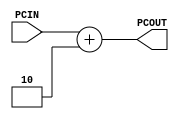
`timescale 1ns / 1ps
//////////////////////////////////////////////////////////////////////////////////
// Company: 
// Engineer: 
// 
// Design Name: 
// Module Name:    PCALU 
// Project Name: 
// Target Devices: 
// Tool versions: 
// Description: 
//
// Dependencies: 
//
// Revision: 
// Revision 0.01 - File Created
// Additional Comments: 
//
//////////////////////////////////////////////////////////////////////////////////
module PCALU(
    input [15:0] PCIN, // PC value
    output [15:0] PCOUT // PC+2
    );

assign PCOUT = PCIN + 2;


endmodule